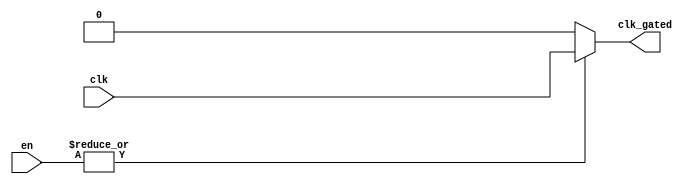
module clock_gating (
    input wire clk,               // Primary clock signal
    input wire [N-1:0] en,       // Enable signals (N can be adjusted)
    output wire clk_gated        // Gated clock signal
);
    
    // Parameter for the number of enable signals
    parameter N = 4;             // Example: 4 enable signals

    // Internal signal to hold the OR result of enable signals
    wire enable_combined;

    // Combine enable signals using OR gate
    assign enable_combined = |en; // Bitwise OR operation on enable signals

    // Generate the gated clock signal
    assign clk_gated = enable_combined ? clk : 1'b0; // If any enable is high, pass clk; otherwise 0

endmodule